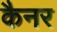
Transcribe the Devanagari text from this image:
कैनर